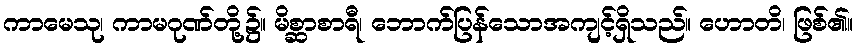
ကာမေသု၊ ကာမဂုဏ်တို့၌။ မိစ္ဆာစာရီ၊ ဘောက်ပြန်သောအကျင့်ရှိသည်။ ဟောတိ၊ ဖြစ်၏။